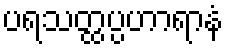
ပရသတ္ထပ္ပဟာရာနံ